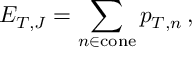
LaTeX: E _ { T , J } = \sum _ { n \in \mathrm { c o n e } } p _ { T , n } \, ,